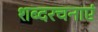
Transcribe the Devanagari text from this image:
शब्दरचनाएं